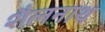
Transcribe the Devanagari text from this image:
शैलनाथ